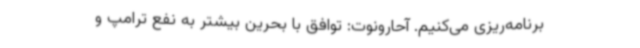
برنامه‌ریزی می‌کنیم. آحارونوت: توافق با بحرین بیشتر به نفع ترامپ و